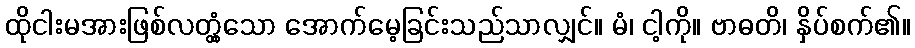
ထိုငါးမအားဖြစ်လတ္တံ့သော အောက်မေ့ခြင်းသည်သာလျှင်။ မံ၊ ငါ့ကို။ ဗာဓတိ၊ နှိပ်စက်၏။